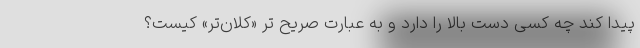
پیدا کند چه کسی دست بالا را دارد و به عبارت صریح تر «کلان‌تر» کیست؟